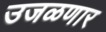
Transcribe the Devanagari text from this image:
उजळणार